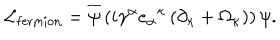
{ \cal L } _ { \mathrm { f e r m i o n } } = { \overline { { \psi } } } \left( i \gamma ^ { \alpha } { e _ { \alpha } } ^ { \kappa } \left( \partial _ { \kappa } + \Omega _ { \kappa } \right) \right) \psi .